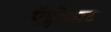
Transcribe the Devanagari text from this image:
ऍड्वोकाट